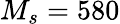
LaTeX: M_{s}=580